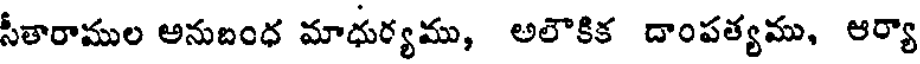
సీతారాముల అనుబంధ మాధుర్యము, అలౌకిక దాంపత్యము, ఆర్యా